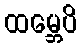
ထမ္ဘေပိ